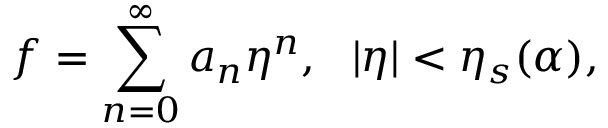
f = \sum _ { n = 0 } ^ { \infty } a _ { n } \eta ^ { n } , ~ ~ | \eta | < \eta _ { s } ( \alpha ) ,